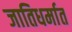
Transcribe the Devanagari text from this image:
जातिधर्मात